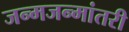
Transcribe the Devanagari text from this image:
जन्मजन्मांतरी